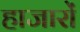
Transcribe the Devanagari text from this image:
हाजारों